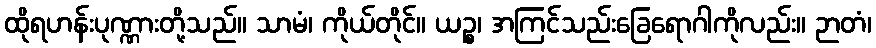
ထိုရဟန်းပုဏ္ဏားတို့သည်။ သာမံ၊ ကိုယ်တိုင်။ ယဉ္စ၊ အကြင်သည်းခြေရောဂါကိုလည်း။ ဉာတံ၊